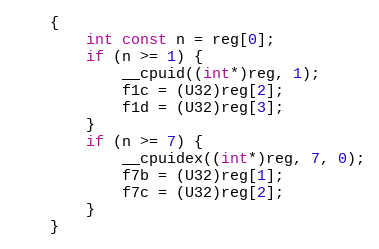
Language: C
    {
        int const n = reg[0];
        if (n >= 1) {
            __cpuid((int*)reg, 1);
            f1c = (U32)reg[2];
            f1d = (U32)reg[3];
        }
        if (n >= 7) {
            __cpuidex((int*)reg, 7, 0);
            f7b = (U32)reg[1];
            f7c = (U32)reg[2];
        }
    }